Civil Veterinary Department. Madras. Admin. report 1926-33 - 1926-1933
Year: 1926
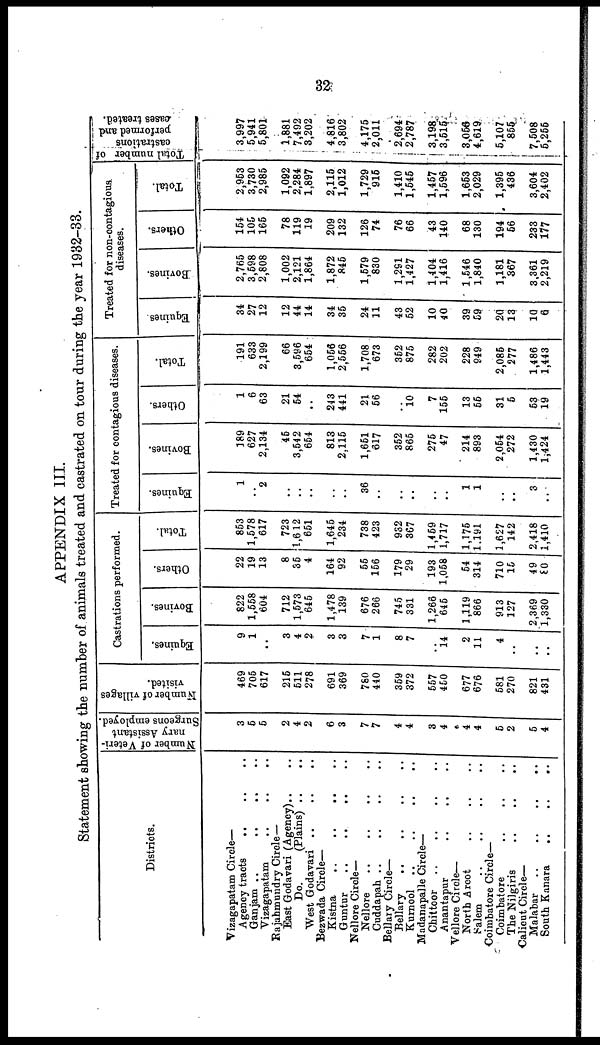
32
APPENDIX III.
Statement showing the number of animals treated and castrated on tour during the year 1932-33.
Districts.
Vizagapatam Circle—
Agency tracts .. .. ..
Ganjam ..
..
..
Vizagapatam
.. .. ..
Rajahmundry Circle —
East Godavari (Agency).. ..
Do.
(Plains) ..
West Godavari
.. .. ..
Bezwada Circle—
Kistna
..
..
.. ..
Guntur .. .. .. ..
Nellore Circle—
Nellore .. .. .. .. .. ..
Cuddapah .. .. .. ..
Bellary Circle—
Bellary .. .. .. ..
Kurnool .. .. .. ..
Madanapalle Circle—
Chittoor .. .. .. ..
Anantapur .. .. ..
Vellore Circle—
North Arcot .. .. ..
Salem .. .. .. ..
Coimbatore Circle—
Coimbatore .. .. ..
The Nilgiris .. .. ..
Calicut Circle—
Malabar .. .. .. ..
South Kanara
..
..
..
Number of Veteri-
nary Assistant
Surgeons employed.
3
6
6
2
4
2
6
3
7
7
4
4
3
4
e
4
4
5
2
5
4
Number of villages
visited.
469
705
617
215
511
278
691
369
760
440
359
372
557
450
677
676
581
270
821
431
Castrations performed.
Equines.
9
1
..
3
4
2
3
3
7
1
8
7
14
2
11
4
..
..
Bovines.
822
1,558
604
712
1,573
645
1,478
139
676
266
745
331
1,266
645
1,119
866
913
127
2,369
1,330
Others.
22
19
13
8
35
4
164
92
55
156
179
29
193
1,058
54
314
710
15
49
80
Total.
853
1,578
617
723
1,612
651
1,645
234
738
423
932
367
1,459
1,717
1,175
1.191
1,627
142
2,418
1,410
Treated for contagious diseases.
Equines.
1
2
..
..
..
..
..
36
..
..
..
..
..
1
1
..
..
3
Bovines.
189
627
2,134
46
3,542
654
813
2,115
1,651
617
352
865
276
47
214
893
2,064
272
1,430
1,424
Others.
1
6
63
21
64
..
243
441
21
56
10
7
156
13
55
31
6
63
19
Total.
191
633
2,199
66
3,596
664
1,056
2,556
1,708
673
362
875
282
202
228
949
2,085
277
1,486
1,443
Treated for non-contagious
diseases.
Equines
34
27
12
12
44
14
34
35
24
11
43
52
10
40
39
59
20
13
10
6
Bovines.
2,765
3,698
2,808
1,002
2,121
1,864
1,872
845
1,579
830
1,291
1,427
1,404
1,416
1,646
1,840
1,181
367
3,361
2,219
Others.
154
105
165
78
119
19
209
132
126
74
76
66
43
140
68
130
194
66
233
177
Total.
2,953
3,730
2,985
1,092
2,284
1,897
2,115
1,012
1,729
916
1,410
1,646
1,457
1,696
1,663
2,029
1,395
436
3,604
2,402
Total number of
castrations
performed and
cases treated.
3,997
5,941
5,801
1,881
7,492
3,202
4,816
3,802
4,175
2,011
2,694
2,787
3,198
3,515
3,066
4,619
5,107
856
7,508
6,266